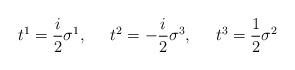
LaTeX: \begin{align*}t^1=\frac{i}{2}\sigma^1,\;\;\;\;\; t^2=-\frac{i}{2}\sigma^3,\;\;\;\;\; t^3=\frac{1}{2}\sigma^2\end{align*}